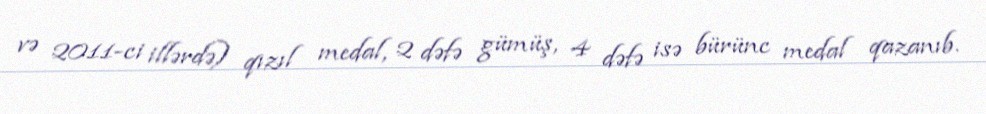
və 2011-ci illərdə) qızıl medal, 2 dəfə gümüş, 4 dəfə isə bürünc medal qazanıb.